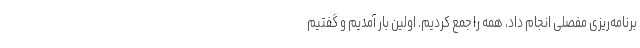
برنامه‌ریزی مفصلی انجام داد، همه را جمع کردیم. اولین بار آمدیم و گفتیم